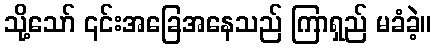
သို့သော် ၎င်းအခြေအနေသည် ကြာရှည် မခံခဲ့။